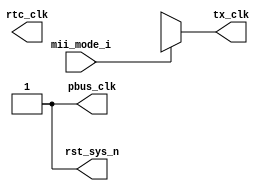
module clkgen (
    input        mii_mode_i,

    output       rtc_clk,
    output       tx_clk,
    output reg   pbus_clk,
    output reg   rst_sys_n
);
    parameter    T_PBUS_CLK    = 40,
                 T_RTC_CLK     = 8,
                 T_GE_TX_CLK   = 8,
                 T_FE_TX_CLK   = 40;

    reg ge_tx_clk, fe_tx_clk;
    reg gfe_rtc_clk;
    
    //initialization
    initial begin
        ge_tx_clk   = 0;
        fe_tx_clk   = 0;
        gfe_rtc_clk = 0;

        pbus_clk    = 0;
        rst_sys_n   = 1;
    end
    
    //reset generation
    task reset;
        begin
            #55
            rst_sys_n    = 0;
            
            #(40*5000);
 
            #355 
            rst_sys_n    = 1;
        end
    endtask 

    // clock generation
    always #(T_PBUS_CLK/2)  pbus_clk    = ~pbus_clk;

    always #(T_RTC_CLK/2)   gfe_rtc_clk = ~gfe_rtc_clk;

    always #(T_GE_TX_CLK/2) ge_tx_clk = ~ge_tx_clk;         
    
    always #(T_FE_TX_CLK/2) fe_tx_clk = ~fe_tx_clk;         


    assign rtc_clk = gfe_rtc_clk;
    assign tx_clk  = (mii_mode_i == 1'b0) ? ge_tx_clk : fe_tx_clk;
endmodule